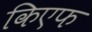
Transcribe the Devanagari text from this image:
किएफ